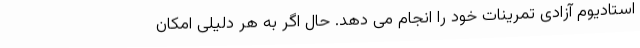
استادیوم آزادی تمرینات خود را انجام می دهد. حال اگر به هر دلیلی امکان